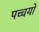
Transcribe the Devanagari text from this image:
पच्चयों